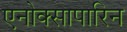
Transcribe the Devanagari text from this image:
एनोक्सापारिन